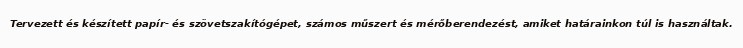
Tervezett és készített papír- és szövetszakítógépet, számos műszert és mérőberendezést, amiket határainkon túl is használtak.